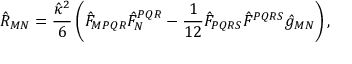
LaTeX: { \hat { R } _ { M N } = \frac { \hat { \kappa } ^ { 2 } } { 6 } \left( \hat { F } _ { M P Q R } \hat { F } _ { N } ^ { P Q R } - \frac { 1 } { 1 2 } \hat { F } _ { P Q R S } \hat { F } ^ { P Q R S } \hat { g } _ { M N } \right) , }